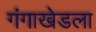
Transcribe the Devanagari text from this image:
गंगाखेडला